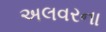
અલવરના